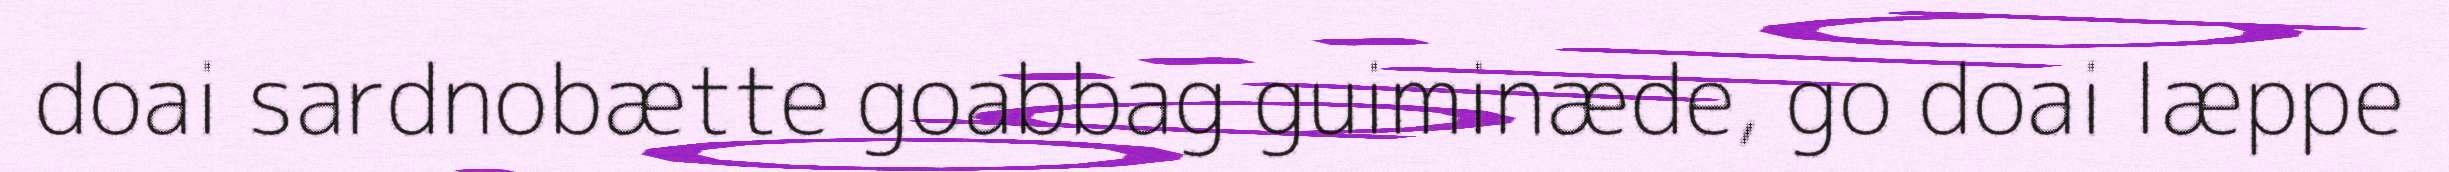
doai sardnobætte goabbag guiminæde, go doai læppe